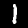
Digit: 1